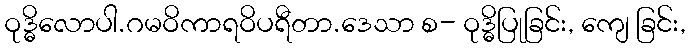
ဝုဒ္ဓိလောပါ.ဂမဝိကာရဝိပရီတာ.ဒေသာ စ- ဝုဒ္ဓိပြုခြင်း, ကျေ ခြင်း,